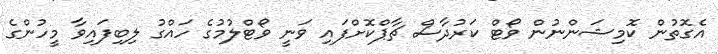
އެގޮތުން ކޮމިޝަންނުން ވޯޓް ކަރުދާސް ޗާޕްކޮށްފައި ވަނީ ވޯޓްލުމުގެ ހައްގު ލިބިފައިވާ މީހުންގެ